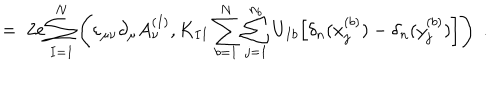
= \; 2 e \sum _ { I = 1 } ^ { N } \left( \varepsilon _ { \mu \nu } \partial _ { \mu } A _ { \nu } ^ { ( I ) } , K _ { I I } \sum _ { b = 1 } ^ { N } \sum _ { j = 1 } ^ { n _ { b } } U _ { I b } \Big [ \delta _ { n } ( x _ { j } ^ { ( b ) } ) - \delta _ { n } ( y _ { j } ^ { ( b ) } ) \Big ] \right) \; .